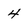
Character: 4